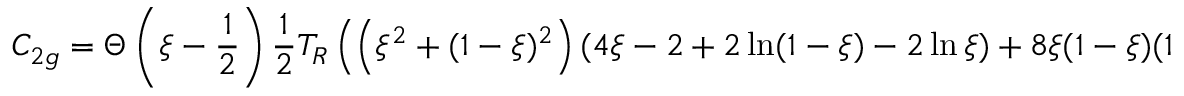
C _ { 2 g } = \Theta \left( \xi - \frac { 1 } { 2 } \right) \frac { 1 } { 2 } T _ { R } \left( \left( \xi ^ { 2 } + ( 1 - \xi ) ^ { 2 } \right) ( 4 \xi - 2 + 2 \ln ( 1 - \xi ) - 2 \ln \xi ) + 8 \xi ( 1 - \xi ) ( 1 - 2 \xi ) ) \right) \, ,